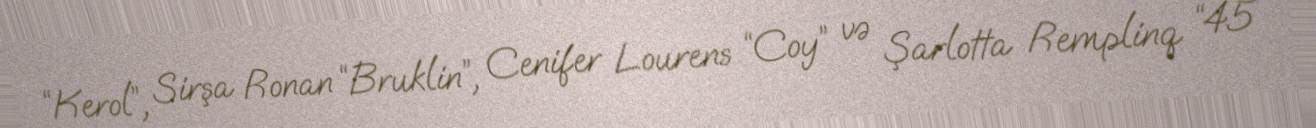
“Kerol”, Sirşa Ronan “Bruklin”, Cenifer Lourens “Coy” və Şarlotta Remplinq “45